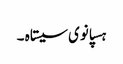
ہسپانوی سیستاہ ۔